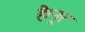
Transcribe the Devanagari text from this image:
है।नूर